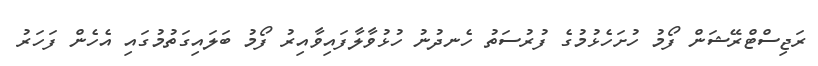
ރަޖިސްޓްރޭޝަން ފޯމު ހުށަހެޅުމުގެ ފުރުސަތު ހެނދުނު ހުޅުވާލާފައިވާއިރު ފޯމު ބަލައިގަތުމުގައި އެހެން ފަހަރު